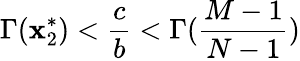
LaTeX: \Gamma(\mathbf{x}_{2}^{*})<\frac{{c}}{{b}}<\Gamma(\frac{{M-1}}{{N-1}})